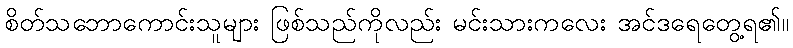
စိတ်သဘောကောင်းသူများ ဖြစ်သည်ကိုလည်း မင်းသားကလေး အင်ဒရေတွေ့ရ၏။